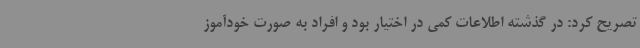
تصریح کرد: در گذشته اطلاعات کمی در اختیار بود و افراد به ‌صورت خودآموز